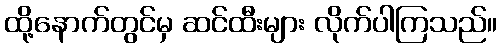
ထို့နောက်တွင်မှ ဆင်ထီးများ လိုက်ပါကြသည်။